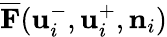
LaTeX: \overline{{\mathbf{F}}}(\mathbf{u}_{i}^{-},\mathbf{u}_{i}^{+},\mathbf{n}_{i})